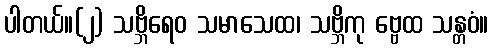
ပါတယ်။(၂) သဗ္ဘိရေဝ သမာသေထ၊ သဗ္ဘိကု ဗ္ဗေထ သန္တဝံ။